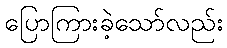
ပြောကြားခဲ့သော်လည်း